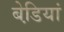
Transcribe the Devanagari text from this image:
बेडि़यां